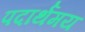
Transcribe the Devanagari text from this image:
पदार्थमय